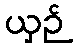
ယှဉ်